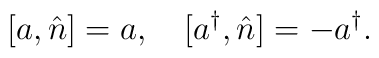
[a,\hat{n}]=a,~~~[a^{\dag},\hat{n}]=-a^{\dag}.